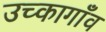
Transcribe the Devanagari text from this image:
उच्कागाँव